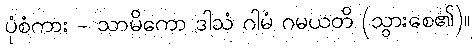
ပုံစံကား - သာမိကော ဒါသံ ဂါမံ ဂမယတိ (သွားစေ၏)။